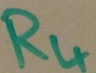
Text: R4